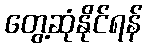
တွေ့ဆုံနိုင်ရန်